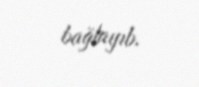
bağlayıb.